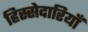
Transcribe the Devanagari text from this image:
हिस्सेदारियाँ